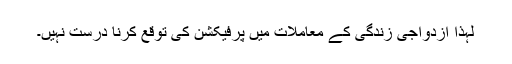
لہٰذا ازدواجی زندگی کے معاملات میں پرفیکشن کی توقع کرنا درست نہیں۔